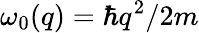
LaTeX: \omega_{0}(q)=\hbar q^{2}/2m